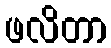
ဖလိတာ